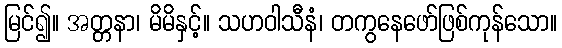
မြင်၍။ အတ္တနာ၊ မိမိနှင့်။ သဟဝါသီနံ၊ တကွနေဖော်ဖြစ်ကုန်သော။